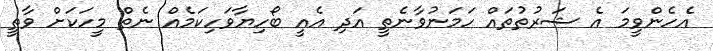
އެހެންވީމަ އެ ޝަރުތުތައް ހަމަނުވާނެތީ އަދި އެއީ ބޯހިޔާވަހިކަމެއް ނެތް މީހަކަށް ވާތީ